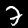
Label: 7